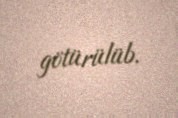
götürülüb.